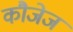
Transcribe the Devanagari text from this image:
कौजेज